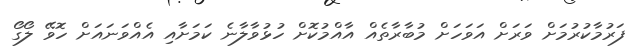
ފަރުމާކުރުމަށް ވަރަށް އަވަހަށް މުބާރާތެއް އާއްމުކޮށް ހުޅުވާލާނެ ކަމަށާއި އެއްވަަނައަށް ހޮވޭ ލޯގޯ